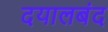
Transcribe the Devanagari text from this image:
दयालबंद